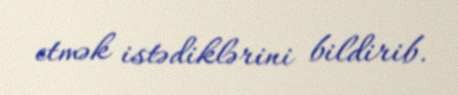
etmək istədiklərini bildirib.